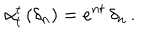
\alpha _ { t } ^ { t } \, ( \delta _ { n } ) = e ^ { n t } \, \delta _ { n } \, .